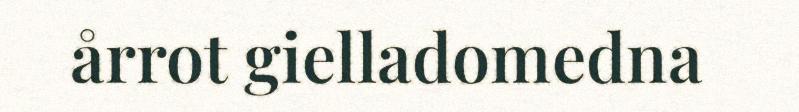
årrot gielladomedna